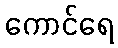
ကောင်ရေ